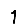
Digit: 1